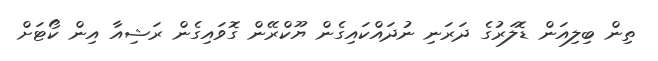
ތިން ބިލިއަން ޑޮލަރުގެ ދަރަނި ނުދައްކައިގެން ޔޫކްރޭން ގޮވައިގެން ރަޝިއާ އިން ކޯޓަށް